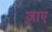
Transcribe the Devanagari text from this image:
ज़ाए